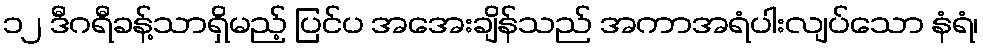
၁၂ ဒီဂရီခန့်သာရှိမည့် ပြင်ပ အအေးချိန်သည် အကာအရံပါးလျပ်သော နံရံ၊